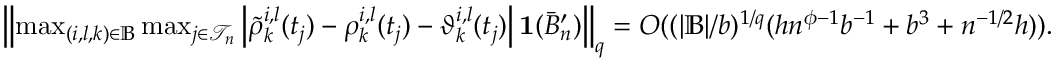
\begin{array} { r } { \left\| \operatorname* { m a x } _ { ( i , l , k ) \in \mathbb { B } } \operatorname* { m a x } _ { j \in \mathcal { T } _ { n } } \left| \tilde { \rho } _ { k } ^ { i , l } ( t _ { j } ) - \rho _ { k } ^ { i , l } ( t _ { j } ) - \vartheta _ { k } ^ { i , l } ( t _ { j } ) \right| \mathbf 1 ( \bar { B } _ { n } ^ { \prime } ) \right\| _ { q } = O ( ( | \mathbb { B } | / b ) ^ { 1 / q } ( h n ^ { \phi - 1 } b ^ { - 1 } + b ^ { 3 } + n ^ { - 1 / 2 } h ) ) . } \end{array}